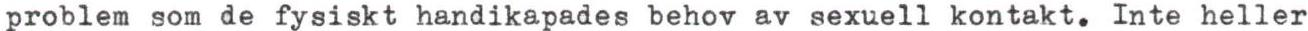
problem som de fysiskt handikapades behov av sexuell kontakt. Inte heller